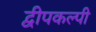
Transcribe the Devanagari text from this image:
द्वीपकल्पी